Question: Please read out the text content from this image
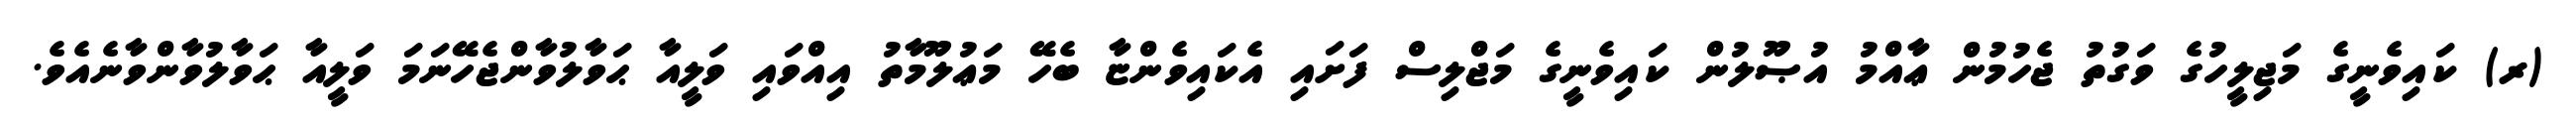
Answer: (ރ) ކައިވެނީގެ މަޖިލީހުގެ ވަގުތު ޖެހުމުން ޢާއްމު އުޞޫލުން ކައިވެނީގެ މަޖްލިސް ފަށައި އެކައިވެންޏާ ބެހޭ މަޢުލޫމާތު އިއްވައި ވަލީއާ ޙަވާލުވާންޖެހޭނަމަ ވަލީއާ ޙަވާލުވާންވާނެއެވެ.